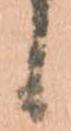
候